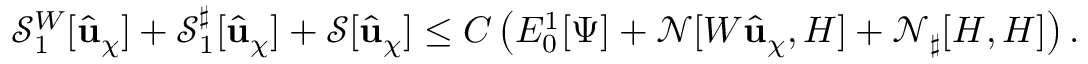
\mathcal { S } _ { 1 } ^ { W } [ \widehat { \mathbf { u } } _ { \chi } ] + { \mathcal { S } _ { 1 } ^ { \sharp } } [ \widehat { \mathbf { u } } _ { \chi } ] + \mathcal { S } [ \widehat { \mathbf { u } } _ { \chi } ] \leq C \left( E _ { 0 } ^ { 1 } [ \Psi ] + \mathcal { N } [ W \widehat { \mathbf { u } } _ { \chi } , H ] + \mathcal { N } _ { \sharp } [ H , H ] \right) .